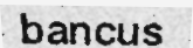
bancus